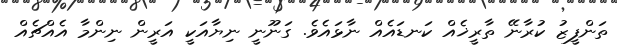
ތަންފީޒު ކުރާނޭ ތާރީޚެއް ކަނޑައެއް ނާޅައެވެ. ގަނޫނީ ނިޔާއަކީ އަރީން ނިންމާ އެއްޗެއް